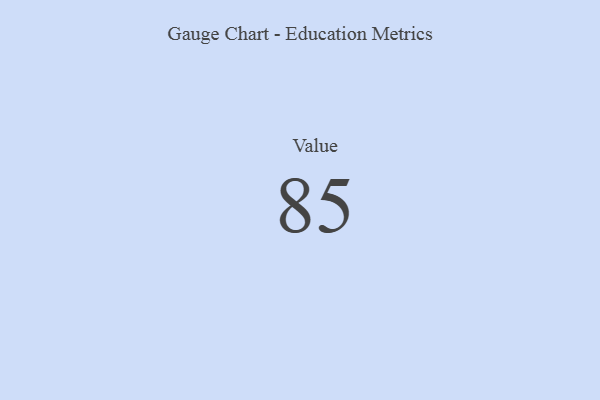
{"axis": {"x": "Metric", "y": "Value"}, "legend": [""], "data": [{"x": "Value", "y": 85, "type": ""}]}